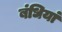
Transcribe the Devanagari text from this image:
बंधियां